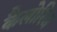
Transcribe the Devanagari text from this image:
कैलोरिज